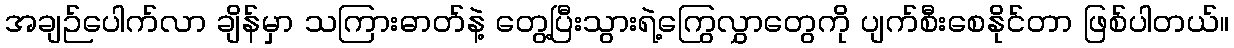
အချဉ်ပေါက်လာ ချိန်မှာ သကြားဓာတ်နဲ့ တွေ့ပြီးသွားရဲ့ကြွေလွှာတွေကို ပျက်စီးစေနိုင်တာ ဖြစ်ပါတယ်။